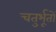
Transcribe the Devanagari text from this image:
चतुर्भूतों